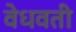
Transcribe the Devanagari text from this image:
वेधवती